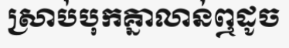
ស្រាប់បុកគ្នាលាន់ឮដូច